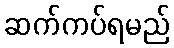
ဆက်ကပ်ရမည်